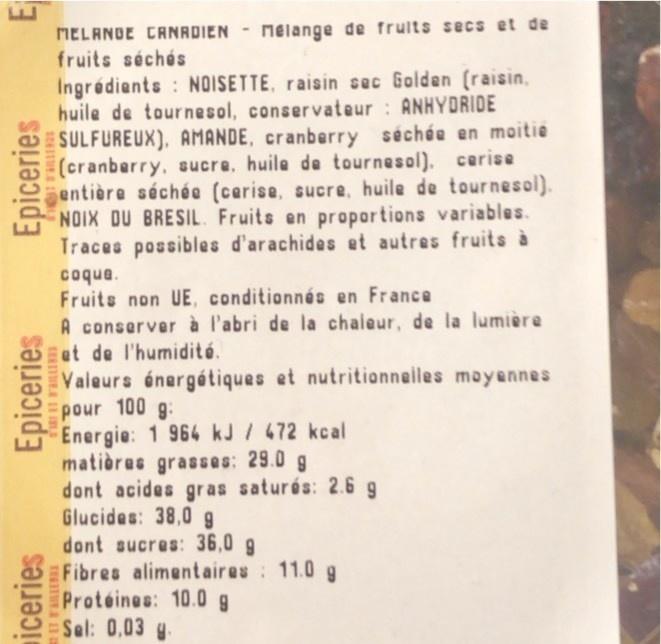
MELANDE CRNADIEN
nelange de frults secs et de
fruits séchés
Ingrédients : NOISETTE, raisin sec Golden (raisin, huile de tournesol, conservateur ANHYDRIDE SULFUREUX), AMANDE, cranberry séchée en maitie (cranberry, sucre, huile de tournesol). cerise entière séchée (cerise, sucre, huile de tournesol). NOIX DU BRESIL. Fruits en proportions variables. Traces possibles d'arachides et autres fruits à
coque. Fruits non UE, conditionnés en France
A conserver à l'abri de la chaleur, de la lumière et de l'humidité. Valeurs énergétiques et nutritionnelles moyennes pour 100 g: Energie: 1 964 kJ / 472 kcal matières grasses: 29.0 g dont acides gras saturés: 2.6 g Glucides: 38,0 g dont sucres: 36,0 g Fibres alimentaires: 11.0 g Proteines: 10.0g Sel: 0,03 g.
iceries
Epiceries
Epiceries
TE6ITYA IE
SERTTEA na